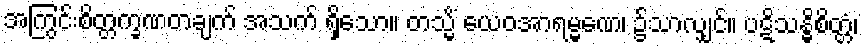
အကြွင်းစိတ္တက္ခဏတချက် အသက် ရှိသော။ တသ္မိံ ယေဝအာရမ္မဏေ၊ ၌သာလျှင်။ ပဋိသန္ဓိစိတ္တံ၊